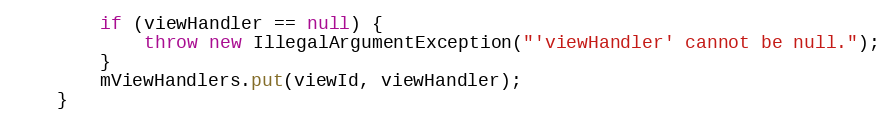
Language: Java
        if (viewHandler == null) {
            throw new IllegalArgumentException("'viewHandler' cannot be null.");
        }
        mViewHandlers.put(viewId, viewHandler);
    }